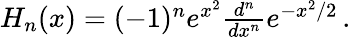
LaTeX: \begin{array}{r}{H_{n}(x)=(-1)^{n}e^{x^{2}}\frac{d^{n}}{dx^{n}}e^{-x^{2}/2}\, .}\end{array}